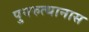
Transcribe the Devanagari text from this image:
पुनरुत्थानास